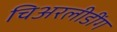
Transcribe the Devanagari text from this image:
चिअरलीडींग